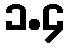
၁.၄